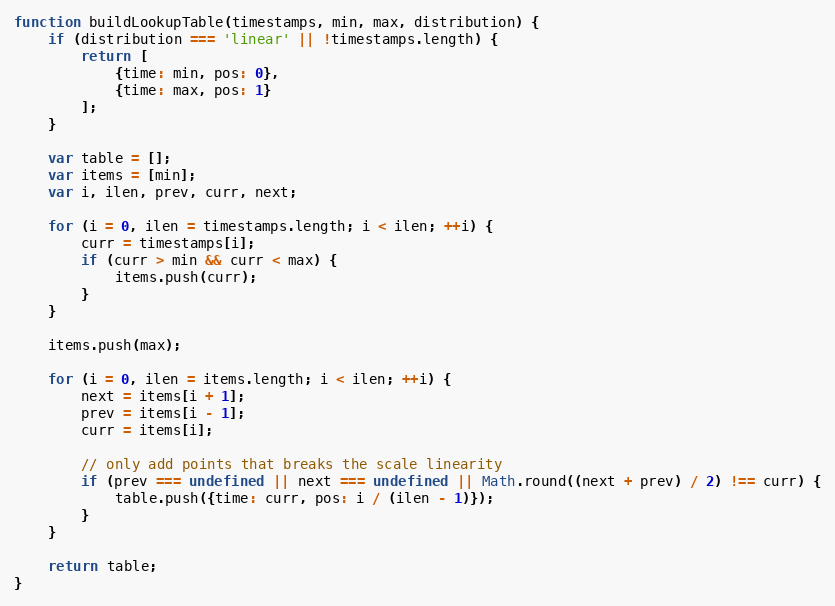
Language: JavaScript
function buildLookupTable(timestamps, min, max, distribution) {
	if (distribution === 'linear' || !timestamps.length) {
		return [
			{time: min, pos: 0},
			{time: max, pos: 1}
		];
	}

	var table = [];
	var items = [min];
	var i, ilen, prev, curr, next;

	for (i = 0, ilen = timestamps.length; i < ilen; ++i) {
		curr = timestamps[i];
		if (curr > min && curr < max) {
			items.push(curr);
		}
	}

	items.push(max);

	for (i = 0, ilen = items.length; i < ilen; ++i) {
		next = items[i + 1];
		prev = items[i - 1];
		curr = items[i];

		// only add points that breaks the scale linearity
		if (prev === undefined || next === undefined || Math.round((next + prev) / 2) !== curr) {
			table.push({time: curr, pos: i / (ilen - 1)});
		}
	}

	return table;
}